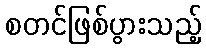
စတင်ဖြစ်ပွားသည့်